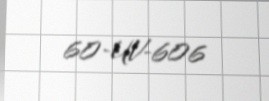
60-UV-606